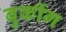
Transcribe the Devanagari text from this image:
बुकींग